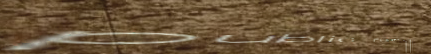
public restroom